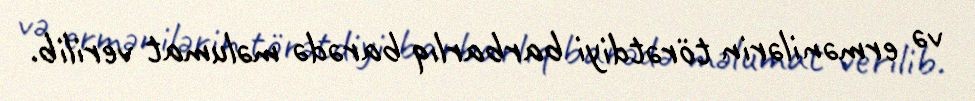
və ermənilərin törətdiyi barbarlıq barədə məlumat verilib.